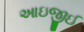
આઇજીઈ